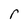
Character: r